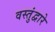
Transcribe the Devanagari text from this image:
वस्तुंद्वारे